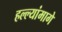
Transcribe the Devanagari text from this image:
हल्ल्यांमागे